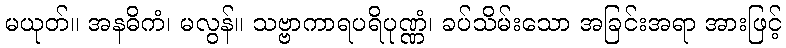
မယုတ်။ အနဓိကံ၊ မလွန်။ သဗ္ဗာကာရပရိပုဏ္ဏံ၊ ခပ်သိမ်းသော အခြင်းအရာ အားဖြင့်